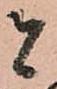
者